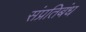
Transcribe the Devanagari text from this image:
संप्रतिबंध